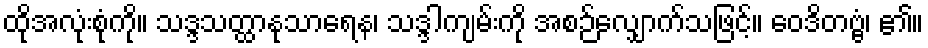
ထိုအလုံးစုံကို။ သဒ္ဒသတ္ထာနုသာရေန၊ သဒ္ဒါကျမ်းကို အစဉ်လျှောက်သဖြင့်။ ဝေဒိတဗ္ဗံ၊ ၏။